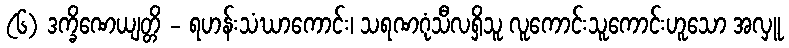
(၆) ဒက္ခိဏေယျတ္တိ - ရဟန်းသံဃာကောင်း၊ သရဏဂုံသီလရှိသူ လူကောင်းသူကောင်းဟူသော အလှူ